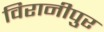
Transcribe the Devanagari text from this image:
विरानीपुर